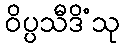
ဝိပ္ပသီဒိံသု